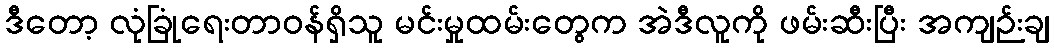
ဒီတော့ လုံခြုံရေးတာဝန်ရှိသူ မင်းမှုထမ်းတွေက အဲဒီလူကို ဖမ်းဆီးပြီး အကျဉ်းချ